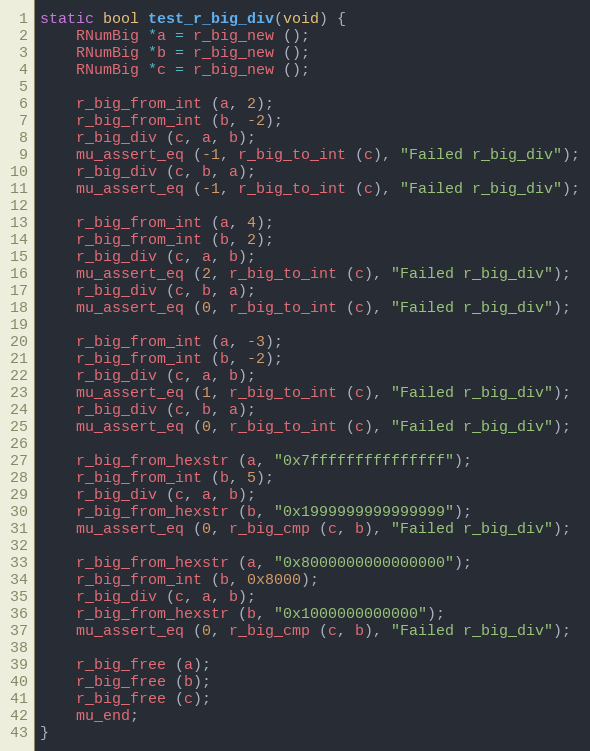
Language: C
static bool test_r_big_div(void) {
	RNumBig *a = r_big_new ();
	RNumBig *b = r_big_new ();
	RNumBig *c = r_big_new ();

	r_big_from_int (a, 2);
	r_big_from_int (b, -2);
	r_big_div (c, a, b);
	mu_assert_eq (-1, r_big_to_int (c), "Failed r_big_div");
	r_big_div (c, b, a);
	mu_assert_eq (-1, r_big_to_int (c), "Failed r_big_div");

	r_big_from_int (a, 4);
	r_big_from_int (b, 2);
	r_big_div (c, a, b);
	mu_assert_eq (2, r_big_to_int (c), "Failed r_big_div");
	r_big_div (c, b, a);
	mu_assert_eq (0, r_big_to_int (c), "Failed r_big_div");

	r_big_from_int (a, -3);
	r_big_from_int (b, -2);
	r_big_div (c, a, b);
	mu_assert_eq (1, r_big_to_int (c), "Failed r_big_div");
	r_big_div (c, b, a);
	mu_assert_eq (0, r_big_to_int (c), "Failed r_big_div");

	r_big_from_hexstr (a, "0x7fffffffffffffff");
	r_big_from_int (b, 5);
	r_big_div (c, a, b);
	r_big_from_hexstr (b, "0x1999999999999999");
	mu_assert_eq (0, r_big_cmp (c, b), "Failed r_big_div");

	r_big_from_hexstr (a, "0x8000000000000000");
	r_big_from_int (b, 0x8000);
	r_big_div (c, a, b);
	r_big_from_hexstr (b, "0x1000000000000");
	mu_assert_eq (0, r_big_cmp (c, b), "Failed r_big_div");

	r_big_free (a);
	r_big_free (b);
	r_big_free (c);
	mu_end;
}